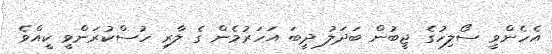
އެހެންވީ ސޯލިހުގެ ޖީބުން ބަދަލު ދީބަ އަހަރުމެން ގެ ލާރި ހުސްކުރަންވީ ކީއްވެ